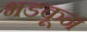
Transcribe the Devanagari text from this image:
भडकून